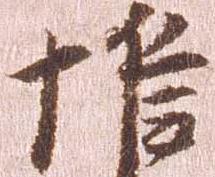
惟